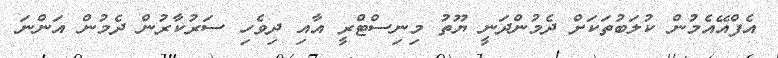
އެފްއޭއެމުން ކުލަބުތަކަށް ދެމުންދަނީ ޔޫތު މިނިސްޓްރީ އާއި ދިވެހި ސަރުކާރުން ދެމުން އަންނަ